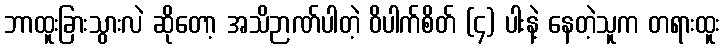
ဘာထူးခြားသွားလဲ ဆိုတော့ အသိဉာဏ်ပါတဲ့ ဝိပါက်စိတ် (၄) ပါးနဲ့ နေတဲ့သူက တရားထူး